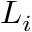
L _ { i }